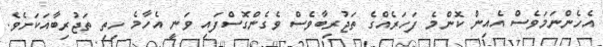
އެހެންނަމަވެސް އެއިން ކޮންމެ ފަހަރެއްގެ ތަޖުރިބާވެސް ވެގެންގޮސްފައި ވަނީ އެހާމެ ހިތި ތަޖުރިބާއަކަށެވެ.